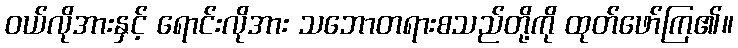
ဝယ်လိုအားနှင့် ရောင်းလိုအား သဘောတရားစသည်တို့ကို ထုတ်ဖော်ကြ၏။